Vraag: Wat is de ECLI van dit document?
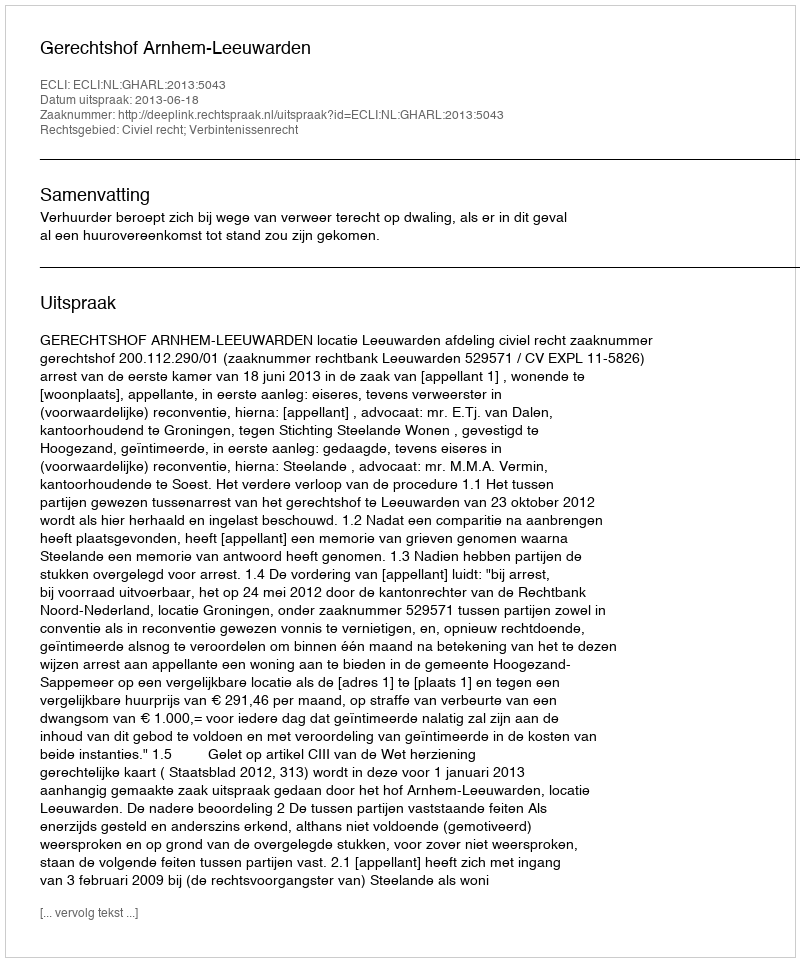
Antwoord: ECLI:NL:GHARL:2013:5043